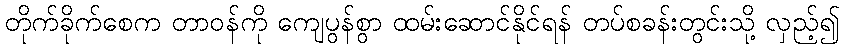
တိုက်ခိုက်စေက တာဝန်ကို ကျေပွန်စွာ ထမ်းဆောင်နိုင်ရန် တပ်စခန်းတွင်းသို့ လှည့်၍